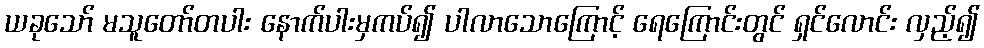
ယခုသော် မသူတော်တပါး နောက်ပါးမှကပ်၍ ပါလာသောကြောင့် ရေကြောင်းတွင် ရှင်လောင်း လှည့်၍